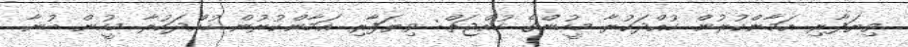
ވިޔަފާރި އަމާންކުރުން ހުއްދަކުރާ މީހުންގެ ހުއްޖަތް: ވިޔަފާރި އަމާންކުރުން ހުއްދަކުރާ މީހުން ބުނާ